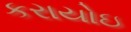
કરાયોઇ